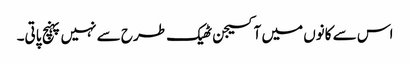
اس سے کانوں میں آکسیجن ٹھیک طرح سے نہیں پہنچ پاتی۔